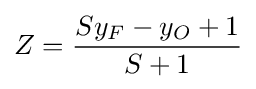
Z={\frac {Sy_{F}-y_{O}+1}{S+1}}